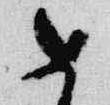
如